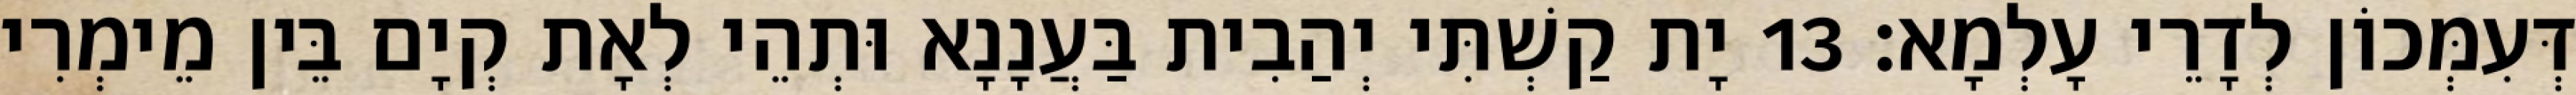
דְּעִמְּכוֹן לְדָרֵי עָלְמָא׃ 13 יָת קַשְׁתִּי יְהַבִית בַּעֲנָנָא וּתְהֵי לְאָת קְיָם בֵּין מֵימְרִי